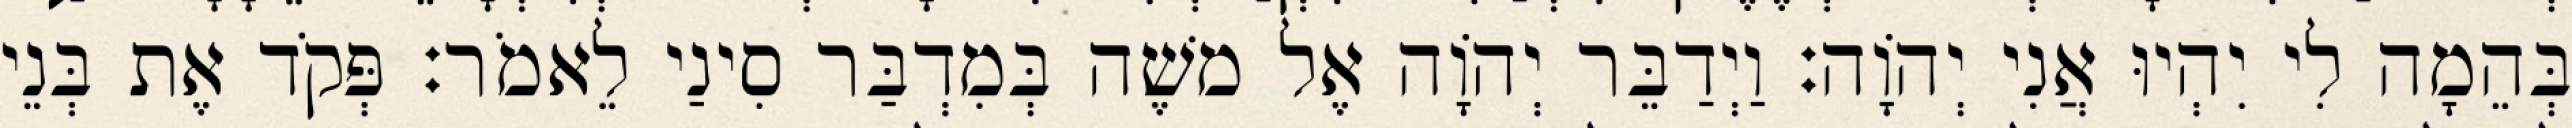
בְּהֵמָה לִי יִהְיוּ אֲנִי יְהוָֹה׃ וַיְדַבֵּר יְהוָֹה אֶל משֶׁה בְּמִדְבַּר סִינַי לֵאמֹר׃ פְּקֹד אֶת בְּנֵי